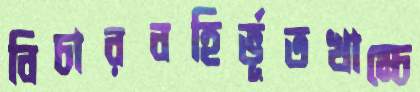
বিচারবহির্ভূতখাম্‌চে